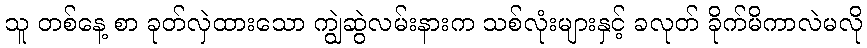
သူ တစ်နေ့ စာ ခုတ်လှဲထားသော ကျွဲဆွဲလမ်းနားက သစ်လုံးများနှင့် ခလုတ် ခိုက်မိကာလဲမလို